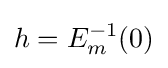
h=E_{m}^{-1}(0)